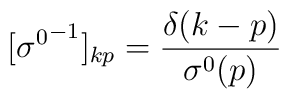
\nonumber[{\sigma^{0}}^{-1}]_{kp}={\delta (k-p)\over \sigma^{0}(p)}